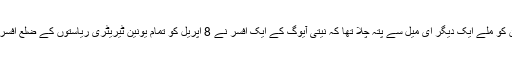
وہیں اسکرال ڈاٹ ان کو ملے ایک دیگر ای میل سے پتہ چلا تھا کہ نیتی آیوگ کے ایک افسر نے 8 اپریل کو تمام یونین ٹیریٹری ریاستوں کے ضلع افسروں کو خط لکھا تھا۔